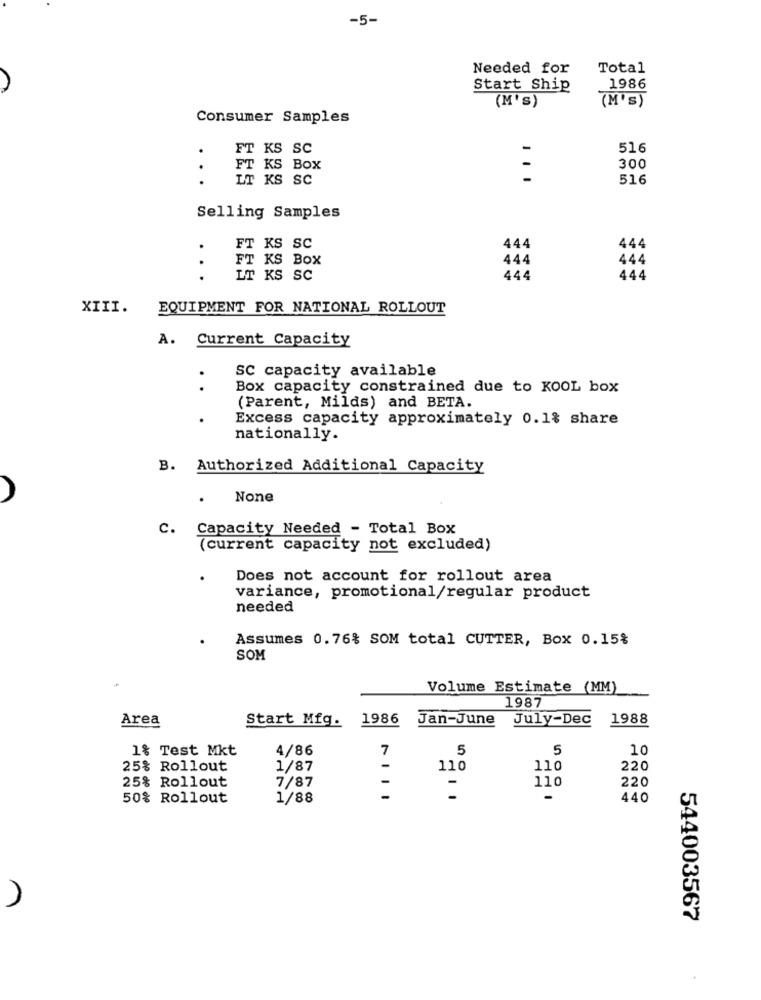
-5-
Needed for
Total
Start Ship
1986
(M's)
(M'S)
Consumer Samples
FT KS SC
-
516
FT KS BOX
-
300
. .
LT KS SC
-
516
Selling Samples
.
FT KS SC
444
444
.
FT KS BOX
444
444
.
LT KS SC
444
444
XIII.
EQUIPMENT FOR NATIONAL ROLLOUT
A. Current Capacity
SC capacity available
.
.
Box capacity constrained due to KOOL box
(Parent, Milds) and BETA.
.
Excess capacity approximately 0.1% share
nationally.
B. Authorized Additional Capacity
c.
Capacity Needed - Total Box
(current capacity not excluded)
Does not account for rollout area
variance, promotional/regular product
needed
Assumes 0.76% SOM total CUTTER, Box 0.15%
SOM
Volume Estimate (MM)
1987
Area
Start Mfg.
1986
Jan-June
July-Dec
1988
1% Test Mkt
4/86
7
5
5
10
25% Rollout
1/87
-
110
110
220
25% Rollout
7/87
220
110
50% Rollout
1/88
-
-
-
440
544003567